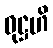
ဝုဋ္ဌဟိ